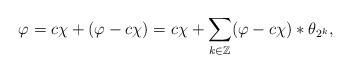
LaTeX: \begin{align*}\varphi = c\chi + (\varphi - c\chi) = c\chi + \sum_{k\in \mathbb{Z}} (\varphi-c\chi)\ast\theta_{2^k},\end{align*}